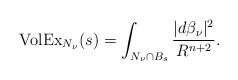
\begin{align*}{\rm VolEx}_{N_{\nu}}(s) =\int_{N_{\nu}\cap B_{s}} \frac{|d\beta_{\nu}|^2}{R^{n+2}}.\end{align*}